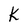
Character: K